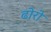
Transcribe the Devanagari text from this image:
ढोरो